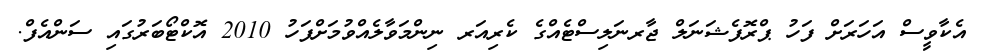
އެކާވީސް އަހަރަށް ފަހު ޕްރޮފެޝަނަލް ޖާރނަލިސްޓެއްގެ ކެރިއަރ ނިންމަވާލެއްވުމަށްފަހު 2010 އޮކްޓޯބަރުގައި ސަންއެފް.